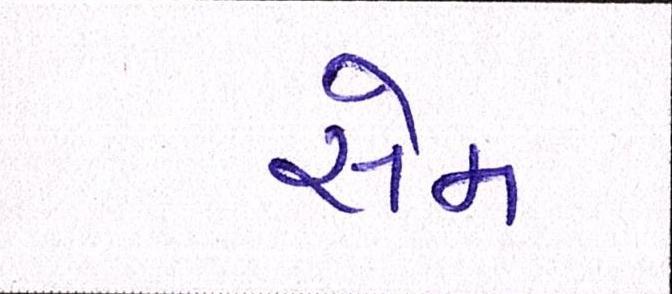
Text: સેમ